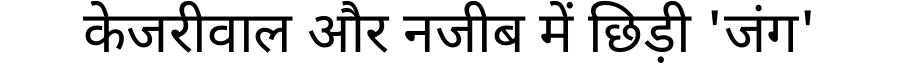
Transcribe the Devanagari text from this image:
केजरीवाल और नजीब में छिड़ी 'जंग'